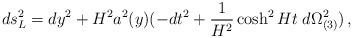
LaTeX: \begin{align*} ds^2_L = dy^2 + H^{2}a^2(y)( - dt^2 +\frac{1}{H^2}\cosh^2 Ht \; d\Omega^2_{(3)})\, ,\end{align*}